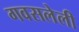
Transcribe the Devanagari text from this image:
गवसलेली